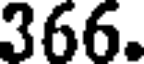
366.